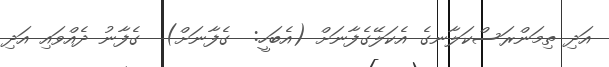
އަދި ތިމަންރަސްކަލާނގެ އެކަލޭގެފާނަށް (އެބަހީ:  ގެފާނަށް)  ގެފާނު ދެއްވައި އަދި